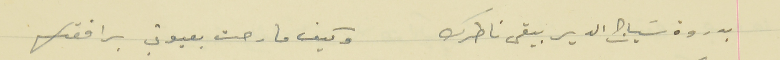
بدروة سَياج الدير ببقى ناطرك                         وكيف مارحت بعيوني برافقك